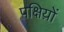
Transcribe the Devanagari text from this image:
पक्षिय़ों